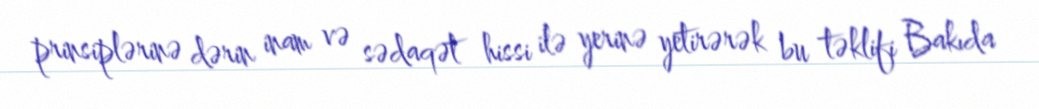
prinsiplərinə dərin inam və sədaqət hissi ilə yerinə yetirərək bu təklifi Bakıda